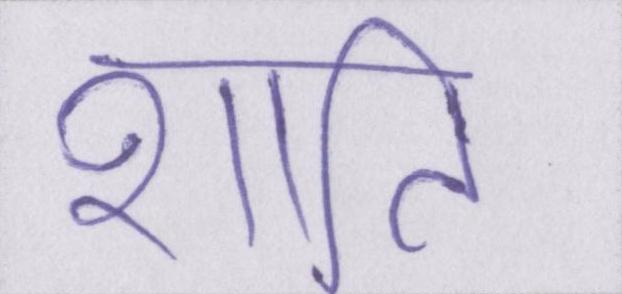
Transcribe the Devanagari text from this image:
शाति